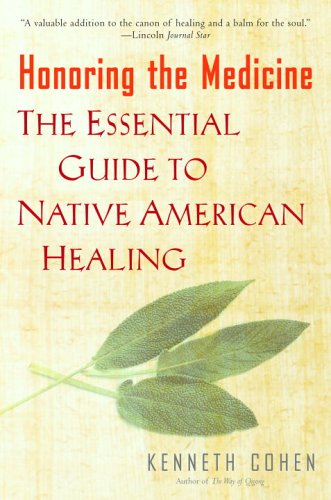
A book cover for Honoring the Medicine: The Essential Guide to Native American Healing; Ken Cohen; Health, Fitness & Dieting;